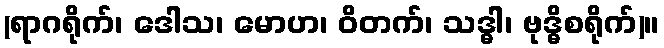
(ရာဂရိုက်၊ ဒေါသ၊ မောဟ၊ ဝိတက်၊ သဒ္ဓါ၊ ဗုဒ္ဓိစရိုက်)။